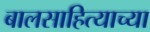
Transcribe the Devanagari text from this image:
बालसाहित्याच्या